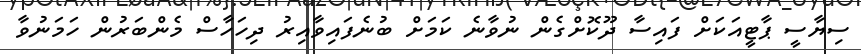
ސިޔާސީ ޕާޓީއަކަށް ފައިސާ ދޫކޮށްގެން ނުވާނެ ކަމަށް ބުނެފައިވާއިރު ދިހަހާސް މެންބަރުން ހަމަނުވާ